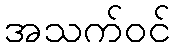
အသက်ဝင်